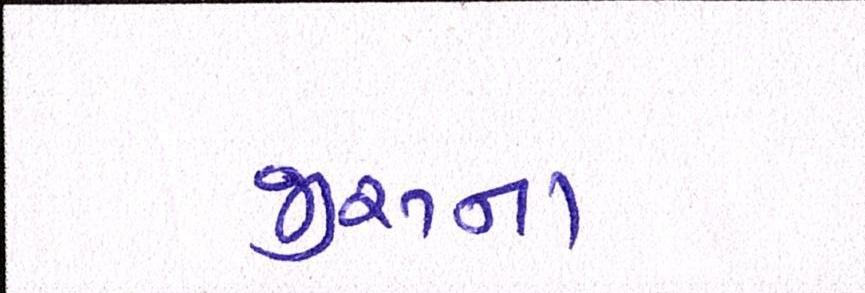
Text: જીરુના